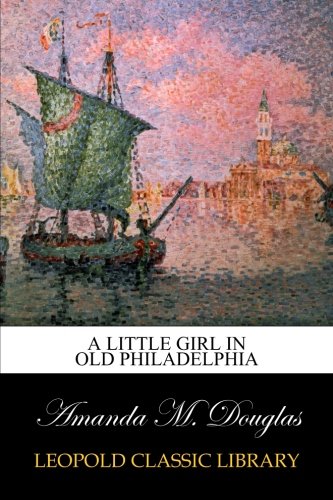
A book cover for A Little Girl in Old Philadelphia; Amanda M. Douglas; Religion & Spirituality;